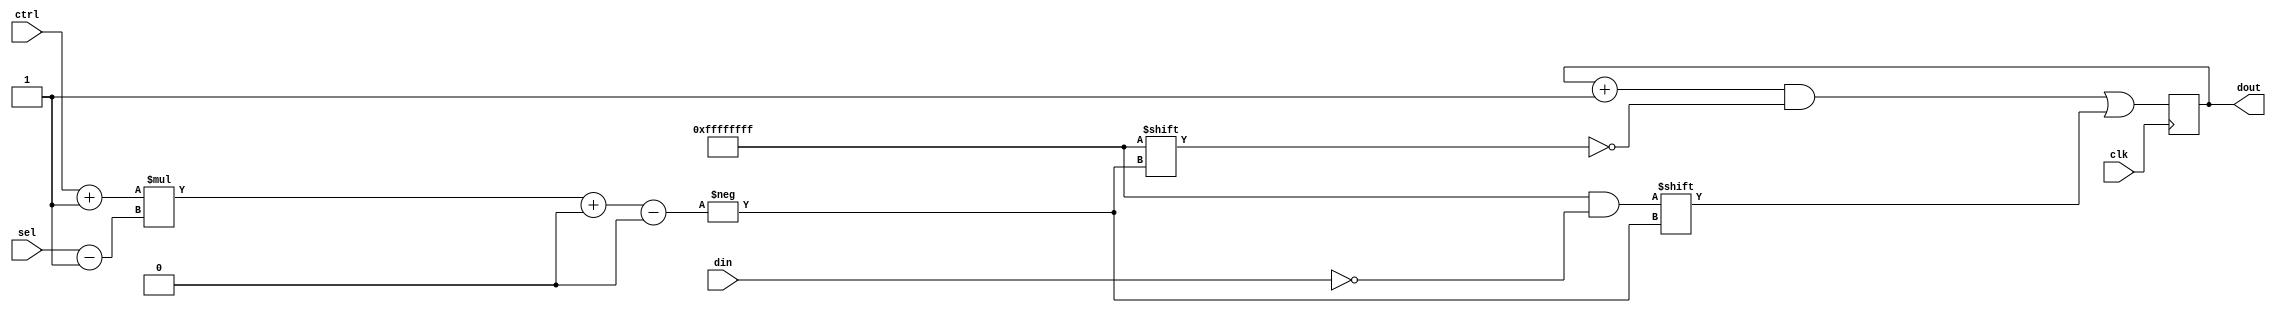
`default_nettype none
module multiple_blocking #(parameter WIDTH=32, SELW=1, CTRLW=$clog2(WIDTH), DINW=2**SELW)
   (input wire             clk,
    input wire [CTRLW-1:0] ctrl,
    input wire [DINW-1:0]  din,
    input wire [SELW-1:0]  sel,
    output reg [WIDTH-1:0] dout);
   
   localparam SLICE = WIDTH/(SELW**2);
   reg [CTRLW:0] 	   a;
   reg [SELW-1:0] 	   b;
   reg [DINW:0] 	   c;
   always @(posedge clk) begin
      a = ctrl + 1;
      b = sel - 1;
      c = ~din;
      dout = dout + 1;
      dout[a*b+:SLICE] = c;
   end
endmodule